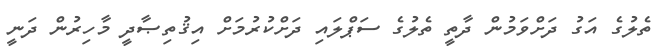
ތެލުގެ އަގު ދަށްވަމުން ދާތީ ތެލުގެ ސަޕްލައި ދަށްކުރުމަށް އިޤުތިޞާދީ މާހިރުން ދަނީ